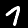
Label: 7